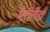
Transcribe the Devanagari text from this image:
मेरीलैंड।